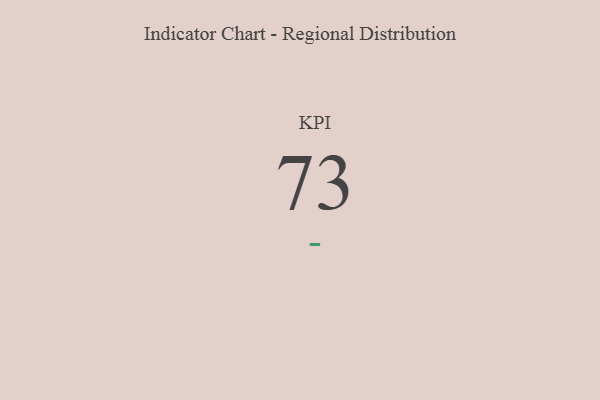
{"axis": {"x": "KPI", "y": "Value"}, "legend": [""], "data": [{"x": "KPI", "y": 73, "type": ""}]}